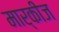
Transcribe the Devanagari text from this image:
मार्कीज